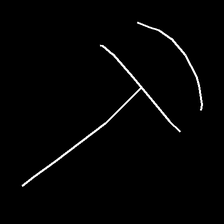
Glyph: dispersion